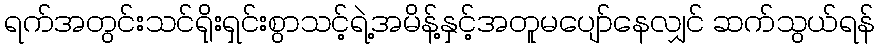
ရက်အတွင်းသင်ရိုးရှင်းစွာသင့်ရဲ့အမိန့်နှင့်အတူမပျော်နေလျှင် ဆက်သွယ်ရန်